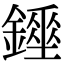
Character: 𨭇